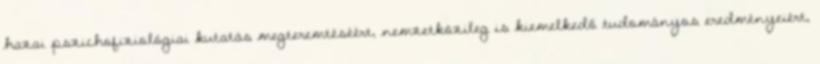
hazai pszichofiziológiai kutatás megteremtéséért, nemzetközileg is kiemelkedő tudományos eredményeiért,